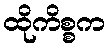
ထိုကိစ္စက